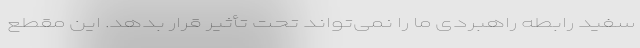
سفید رابطه‌ راهبردی ما را نمی‌تواند تحت تأثیر قرار بدهد. این مقطع